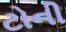
ટોની